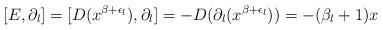
LaTeX: \begin{align*}[E,\partial_l]=[D(x^{\beta+\epsilon_l}),\partial_l]=-D(\partial_l(x^{\beta+\epsilon_l}))=-(\beta_l+1)x\end{align*}